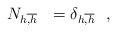
LaTeX: \begin{align*}N_{h\overline{,h}\ \ }=\delta _{h\overline{,h}\ \ },\end{align*}